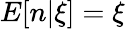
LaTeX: E[n|\xi]=\xi